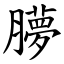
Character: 䑅